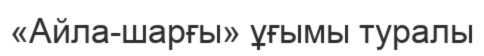
«Айла-шарғы» ұғымы туралы